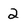
Character: 2